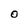
Character: O